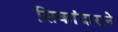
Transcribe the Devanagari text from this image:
सिकांदाराने